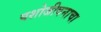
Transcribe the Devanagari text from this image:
यशोजीवनाचा